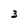
Character: 3